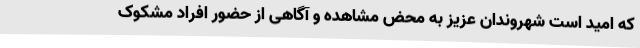
که امید است شهروندان عزیز به محض مشاهده و آگاهی از حضور افراد مشکوک